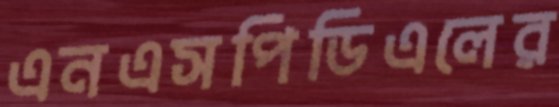
এনএসপিডিএলের